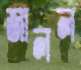
জালল